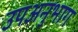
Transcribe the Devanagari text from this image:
उपअनुभाग